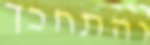
והתחכך